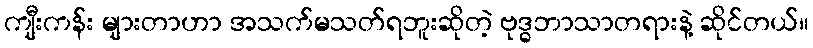
ကျီးကန်း များတာဟာ အသက်မသတ်ရဘူးဆိုတဲ့ ဗုဒ္ဓဘာသာတရားနဲ့ ဆိုင်တယ်။